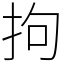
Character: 拘